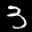
Label: 3